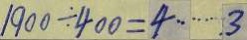
1 9 0 0 \div 4 0 0 = 4 \cdots 3